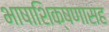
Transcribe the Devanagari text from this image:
भाषाशिक्षणासह